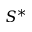
S ^ { * }